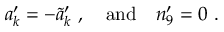
a _ { k } ^ { \prime } = - { \widetilde a _ { k } } ^ { \prime } \ , \ \ \ \mathrm { a n d } \ \ \ n _ { 9 } ^ { \prime } = 0 \ .